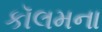
કૉલમના